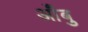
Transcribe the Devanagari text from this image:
आँबु